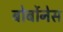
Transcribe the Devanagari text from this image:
बोर्बोनेस